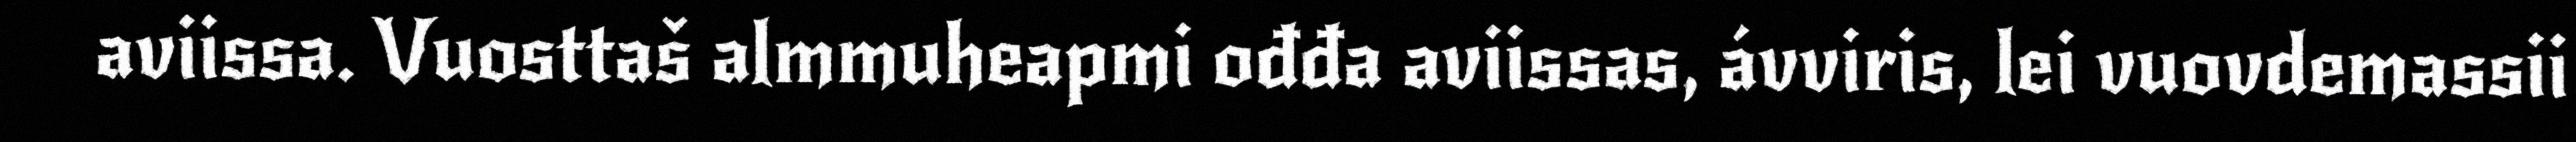
aviissa. Vuosttaš almmuheapmi ođđa aviissas, ávviris, lei vuovdemassii